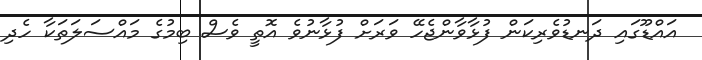
އައްޑޫގައި ދަނޑުވެރިކަން ފުޅާވާންޖެހޭ ވަރަށް ފުޅާނުވެ އޮތީ ވެސް ބިމުގެ މައްސަލަތަކާ ހެދި